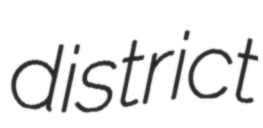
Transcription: district